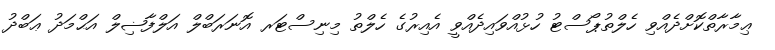
ޢިމާރާތްކޮށްދެއްވި ހެލްތުޕޯސްޓު ހުޅުއްވައިދެއްވީ އެއިރުގެ ހެލްތު މިނިސްޓަރ އޮނަރަބްލް އަލްފާޟިލް އަޙްމަދު ޢަބްދު